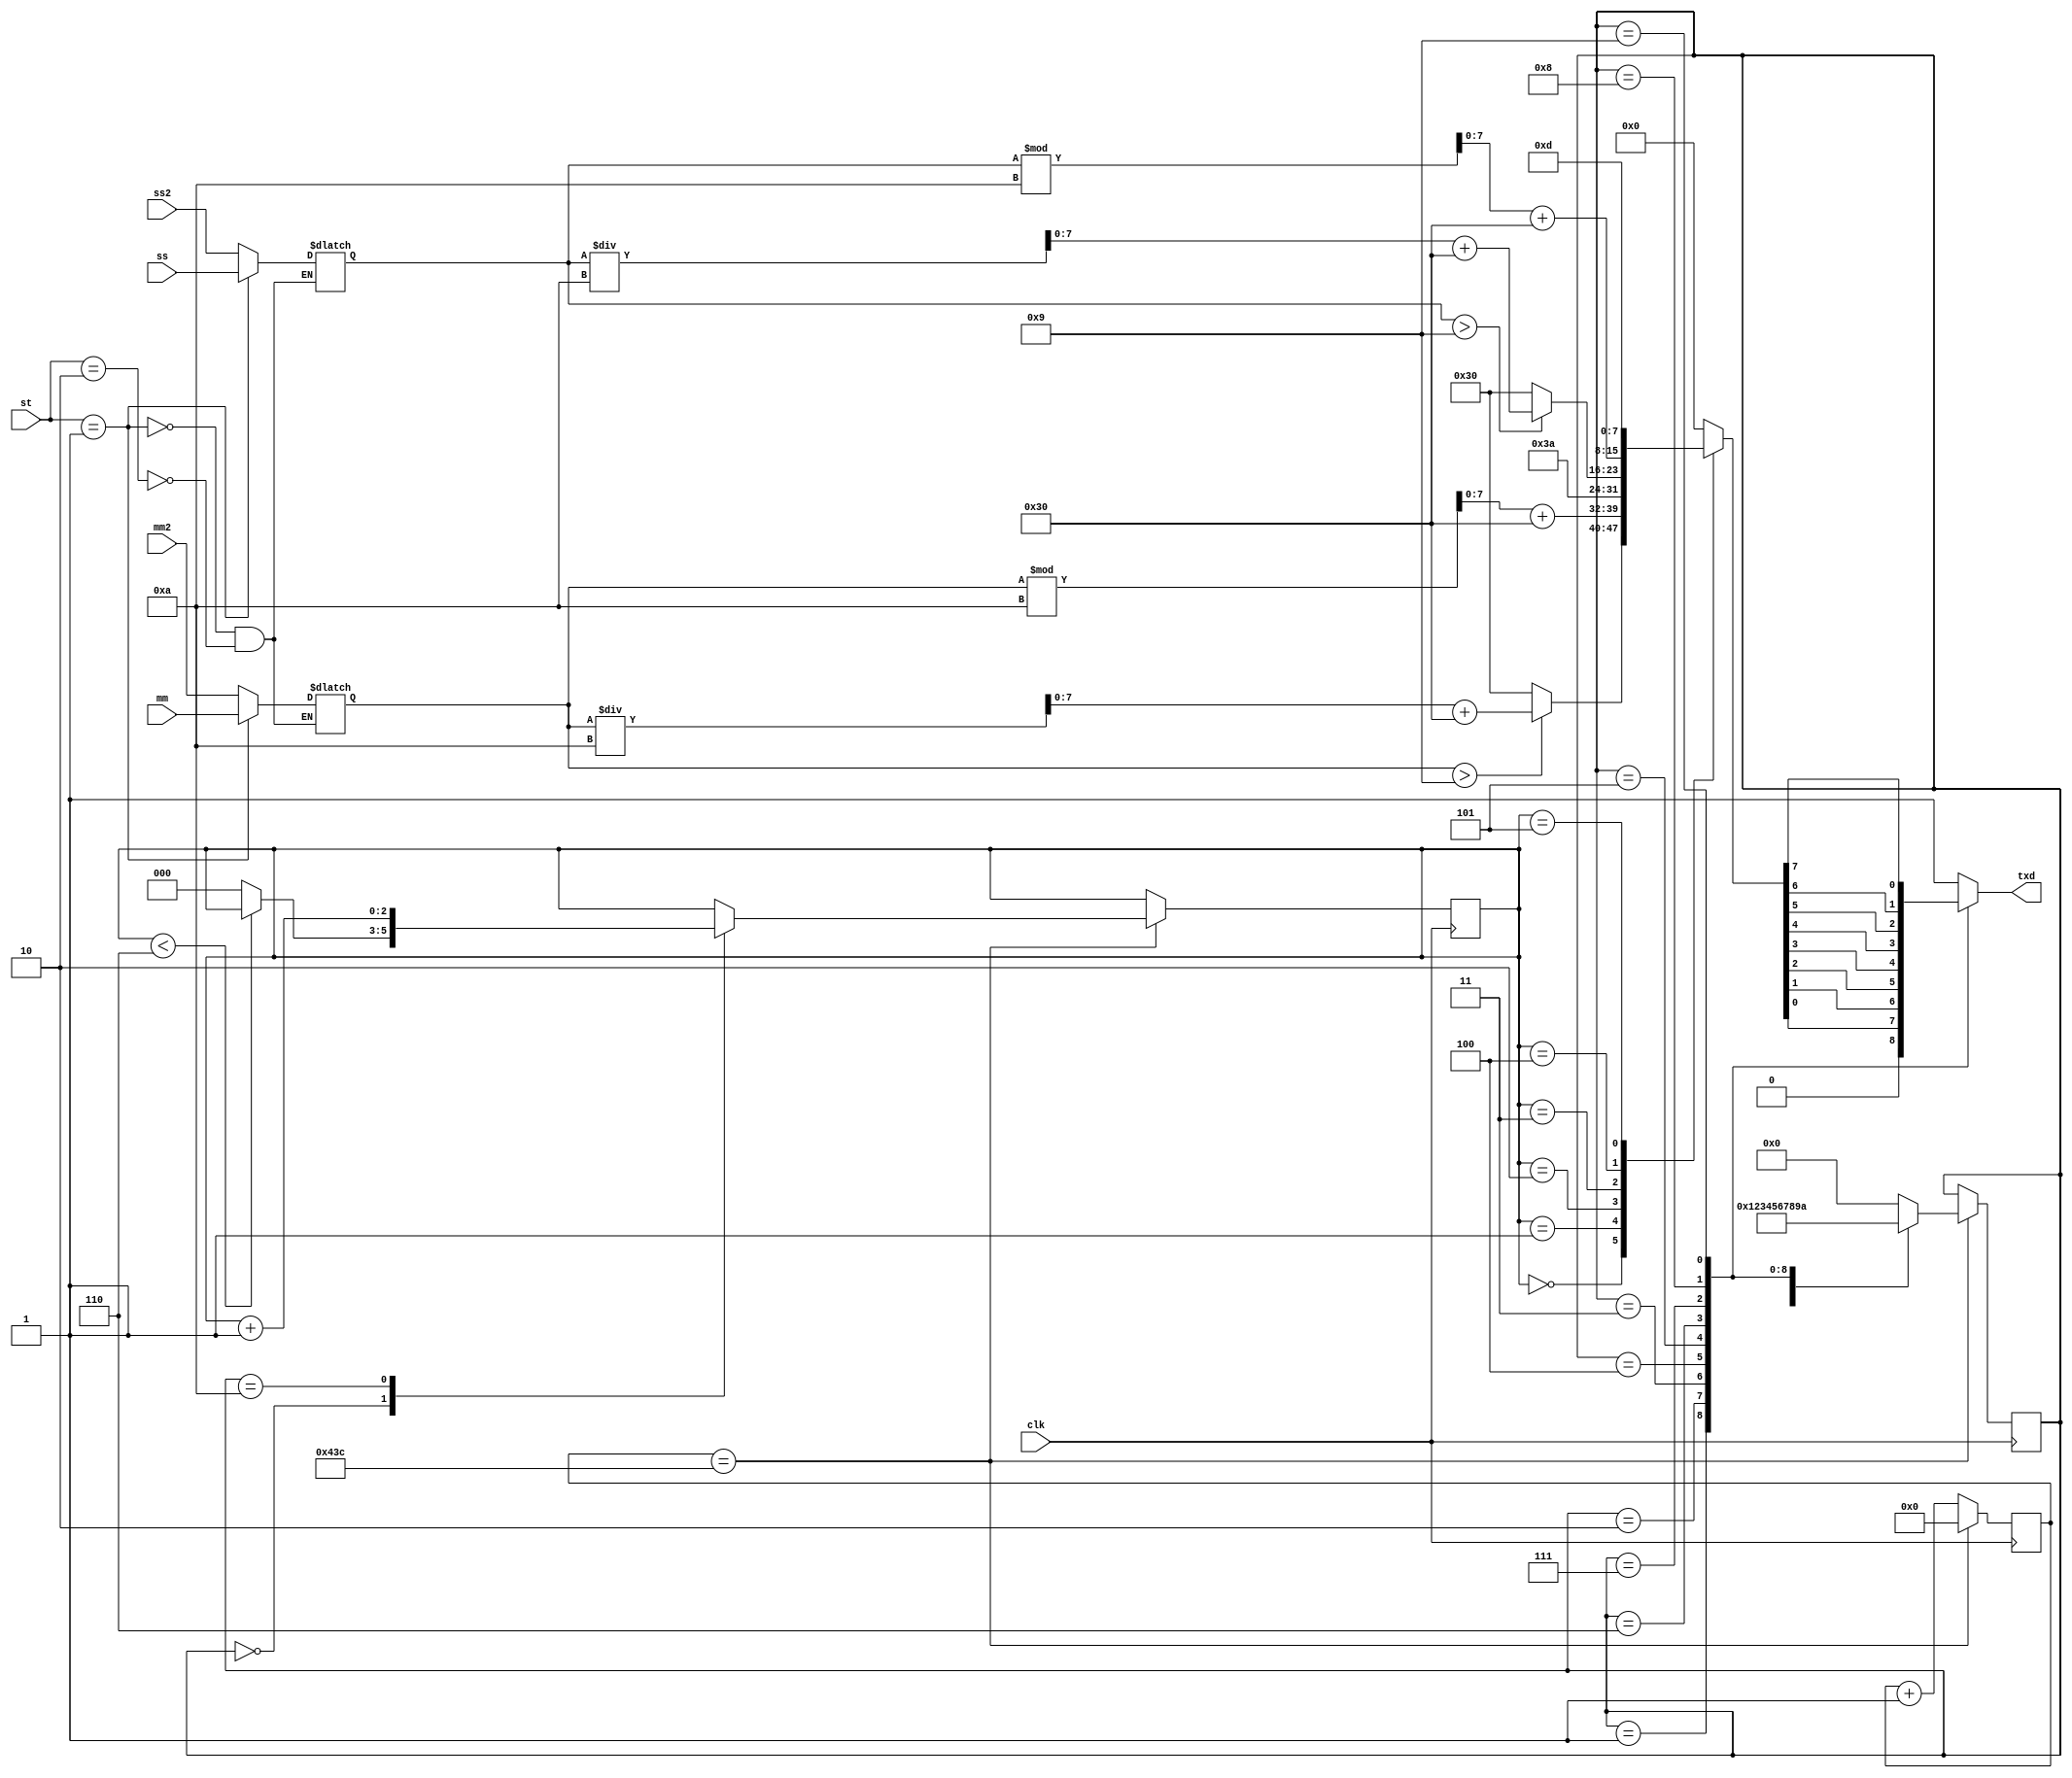
`timescale 1ns / 1ps
module uart_tx(clk, st, mm, ss, mm2, ss2, txd);
input clk;
input [1:0] st;
input [5:0]mm; 
input [5:0]ss;
input [5:0]mm2; 
input [5:0]ss2;
output reg txd;

reg [11:0] clk_cnt=0;//125MHZ 115200  
reg [3:0] tx_st=4'b0000;//idle,start,data,stop   
reg [7:0] tx_result;//     
reg stst=0;//cnt  .
reg [2:0] txd_cnt=0;//00:00    ,      
reg [5:0]tx_mm=6'b000000;//  
reg [5:0]tx_ss=6'b000000;//  

parameter IDLE_ST=0,
          START_ST=1,
          DATA_ST0=2,
          DATA_ST1=3,
          DATA_ST2=4,
          DATA_ST3=5,
          DATA_ST4=6,
          DATA_ST5=7,
          DATA_ST6=8,
          DATA_ST7=9,
          STOP_ST=10;
          
// , cnt  tx_result  
//  reg tx_mm  
//tx_mm  cnt  tx_restul 
always @(mm or ss or mm2 or ss2)
begin
if(st == 2'b01)//stopwatch
begin
    tx_mm<=mm;
    tx_ss<=ss;
end
else if(st == 2'b10)//alarm
begin
    tx_mm<=mm2;
    tx_ss<=ss2;
end
end

always @(txd_cnt)
begin
    case(txd_cnt)
        3'b000 : 
        begin
        if(tx_mm>6'b001001)
            tx_result<=(tx_mm/10)+"0";
        else
            tx_result<="0";
        end
        3'b001 : tx_result<=(tx_mm % 10)+"0"; //   
        3'b010 : tx_result<=":";
        3'b011 : 
        begin
        if(tx_ss>6'b001001)
            tx_result<=tx_ss/10+"0";
        else
            tx_result<="0";
        end
        3'b100 : tx_result<=(tx_ss % 10)+"0";
        3'b101 : tx_result<=8'h0D;
        default : tx_result<="";
    endcase
end

always @*//clk     
begin
case(tx_st)
    IDLE_ST : txd<=1;
    START_ST : txd<=0;
    DATA_ST0 : txd<=tx_result[0];
    DATA_ST1 : txd<=tx_result[1];
    DATA_ST2 : txd<=tx_result[2];
    DATA_ST3 : txd<=tx_result[3];
    DATA_ST4 : txd<=tx_result[4];
    DATA_ST5 : txd<=tx_result[5];
    DATA_ST6 : txd<=tx_result[6];
    DATA_ST7 : txd<=tx_result[7];
    STOP_ST : txd<=1;
    default : txd<=1;
endcase
end

always @(posedge clk)
begin
if(clk_cnt == 1084)//1084
begin
    clk_cnt<=0;
    case(tx_st)
        IDLE_ST : 
        begin
        if(stst==0)
            tx_st<=START_ST;
        else//stst=1 ,,, 
        begin
            txd_cnt<=0;
            tx_st<=START_ST;
        end
        end
        START_ST : tx_st<=DATA_ST0;
        DATA_ST0 : tx_st<=DATA_ST1;
        DATA_ST1 : tx_st<=DATA_ST2;
        DATA_ST2 : tx_st<=DATA_ST3;
        DATA_ST3 : tx_st<=DATA_ST4;
        DATA_ST4 : tx_st<=DATA_ST5;
        DATA_ST5 : tx_st<=DATA_ST6;
        DATA_ST6 : tx_st<=DATA_ST7;
        DATA_ST7 : tx_st<=STOP_ST;
        STOP_ST : 
        begin
            txd_cnt<=txd_cnt+1;// 
            tx_st<=IDLE_ST;
        end
        default : tx_st<=IDLE_ST;
    endcase
end
else
    clk_cnt<=clk_cnt+1;
end

always @*
begin
if(txd_cnt<6)
begin
    stst<=0;
end
else
begin
    stst<=1;
end
end

endmodule